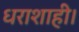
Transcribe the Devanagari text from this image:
धराशाही।